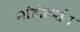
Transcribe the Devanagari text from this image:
नांदीदर्शन